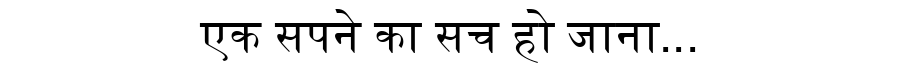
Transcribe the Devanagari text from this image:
एक सपने का सच हो जाना...